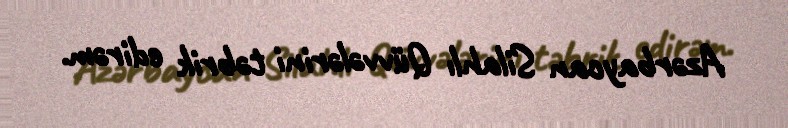
Azərbaycan Silahlı Qüvvələrini təbrik edirəm.